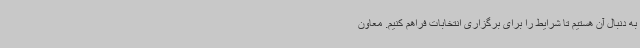
به دنبال آن هستیم تا شرایط را برای برگزاری انتخابات فراهم کنیم. معاون